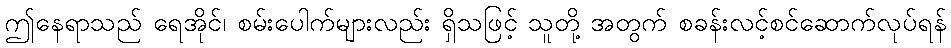
ဤနေရာသည် ရေအိုင်၊ စမ်းပေါက်များလည်း ရှိသဖြင့် သူတို့ အတွက် စခန်းလင့်စင်ဆောက်လုပ်ရန်